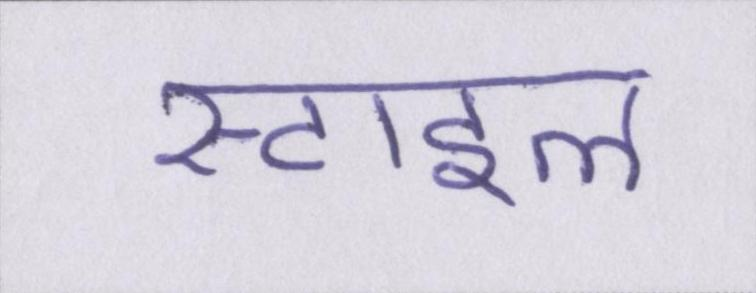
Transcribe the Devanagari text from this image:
स्टाइल